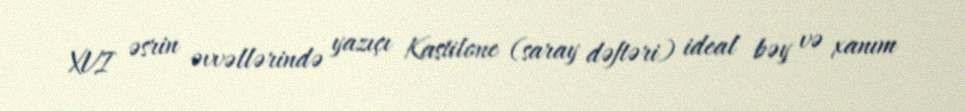
XVI əsrin əvvəllərində yazıçı Kastilone (saray dəftəri) ideal bəy və xanım